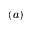
( a )